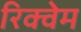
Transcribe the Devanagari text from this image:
रिक्वेम